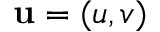
\mathbf { u } = ( u , v )